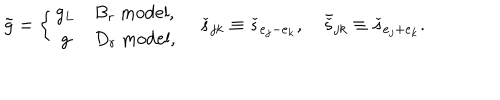
LaTeX: \tilde { g } = \left\{ \begin{array} { c l } { { g _ { L } } } & { { B _ { r } \ \mathrm { m o d e l } , } } \\ { { g } } & { { D _ { r } \ \mathrm { m o d e l } , } } \\ \end{array} \right. \quad \check { s } _ { j k } \equiv \check { s } _ { e _ { j } - e _ { k } } , \quad \bar { \check { s } } _ { j k } \equiv \check { s } _ { e _ { j } + e _ { k } } .